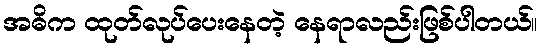
အဓိက ထုတ်လုပ်ပေးနေတဲ့ နေရာလည်းဖြစ်ပါတယ်။